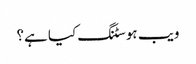
ویب ہوسٹنگ کیا ہے؟